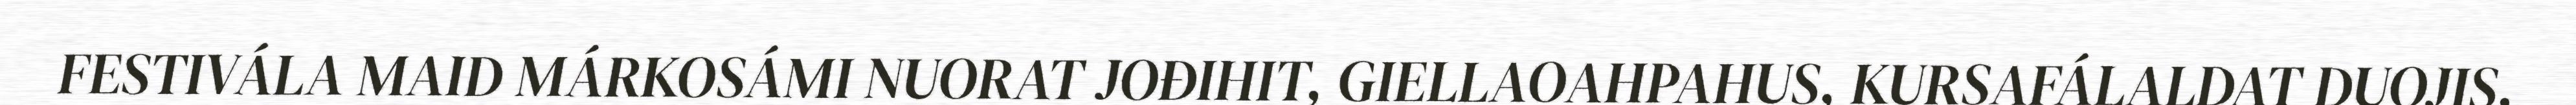
FESTIVÁLA MAID MÁRKOSÁMI NUORAT JOĐIHIT, GIELLAOAHPAHUS, KURSAFÁLALDAT DUOJIS,